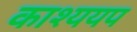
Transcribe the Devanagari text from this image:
काश्ययप